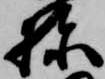
棟